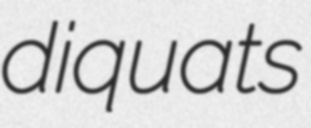
diquats